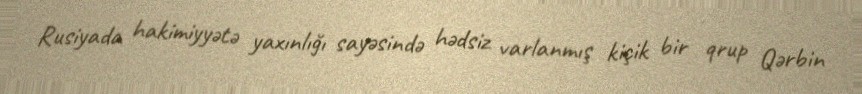
Rusiyada hakimiyyətə yaxınlığı sayəsində hədsiz varlanmış kiçik bir qrup Qərbin